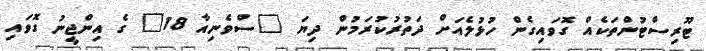
ޓޫރިސްޓުންތަކެއް ގޮވައިގެން ހުޅުލެއަށް ދަތުރުކުރަމުން ދިޔަ "ސްވެނިއާ 18" ގެ އިންޖީނު ގޮވައި